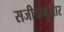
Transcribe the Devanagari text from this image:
सजीवानुसार